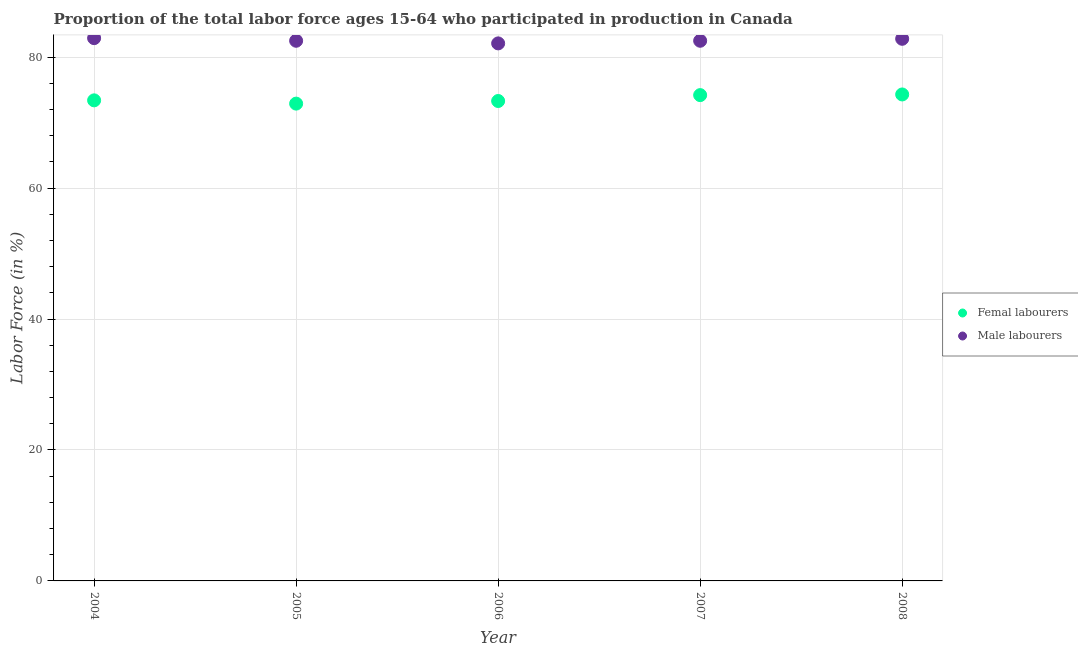
| Year | Femal labourers | Male labourers |
 | --- | --- | --- |
 | 2004 | 73.4 | 82.9 |
 | 2005 | 72.9 | 82.5 |
 | 2006 | 73.3 | 82.1 |
 | 2007 | 74.2 | 82.5 |
 | 2008 | 74.3 | 82.8 |